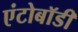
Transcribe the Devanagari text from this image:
एंटोबॉडी